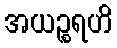
အယဉ္စရဟိ